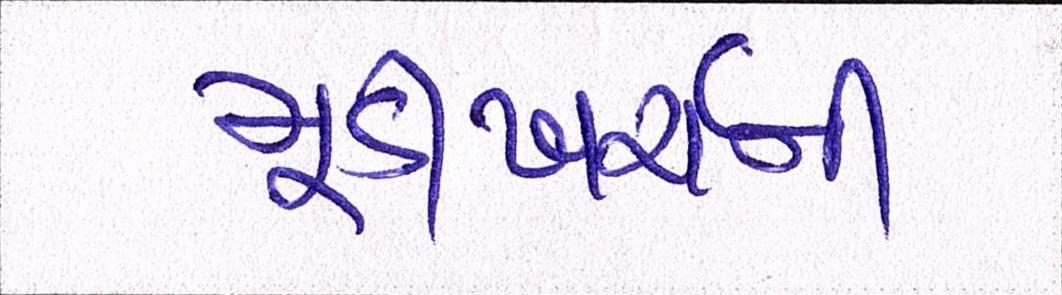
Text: મૂડીખર્ચની